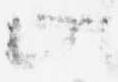
止